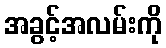
အခွင့်အလမ်းကို